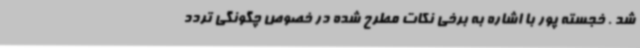
شد . خجسته پور با اشاره به برخی نکات مطرح شده در خصوص چگونگی تردد